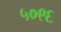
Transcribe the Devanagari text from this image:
५०९६